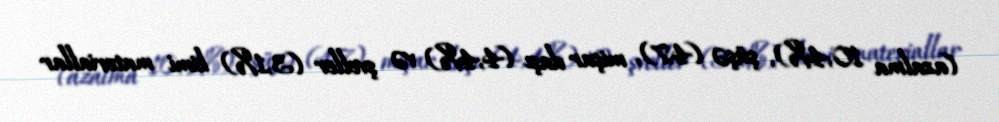
(azalma 10,4%), şüşə (4,7), mişar daşı (4,4%) və şveller (3,1%) kimi materiallar